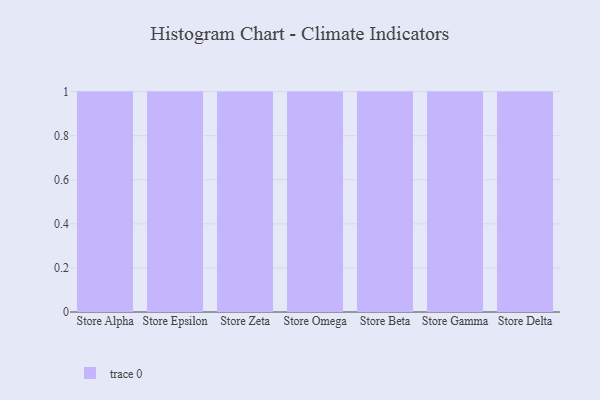
{"axis": {"x": "Store", "y": "Page Views"}, "legend": [""], "data": [{"x": "Store Alpha", "y": 93, "type": ""}, {"x": "Store Epsilon", "y": 86, "type": ""}, {"x": "Store Zeta", "y": 9, "type": ""}, {"x": "Store Omega", "y": 26, "type": ""}, {"x": "Store Beta", "y": 30, "type": ""}, {"x": "Store Gamma", "y": 66, "type": ""}, {"x": "Store Delta", "y": 12, "type": ""}]}